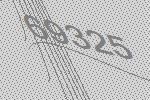
69325